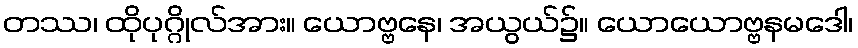
တဿ၊ ထိုပုဂ္ဂိုလ်အား။ ယောဗ္ဗနေ၊ အယွယ်၌။ ယောယောဗ္ဗနမဒေါ၊